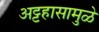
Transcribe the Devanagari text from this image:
अट्टहासामुळे